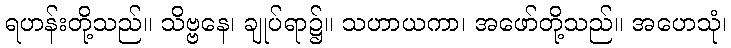
ရဟန်းတို့သည်။ သိဗ္ဗနေ၊ ချုပ်ရာ၌။ သဟာယကာ၊ အဖော်တို့သည်။ အဟေသုံ၊